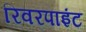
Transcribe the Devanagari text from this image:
रिवरपाइंट